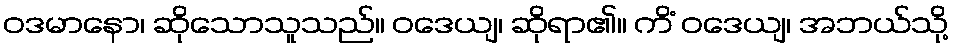
ဝဒမာနော၊ ဆိုသောသူသည်။ ဝဒေယျ၊ ဆိုရာ၏။ ကိံ ဝဒေယျ၊ အဘယ်သို့